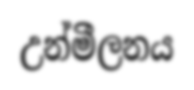
උන්මීලනය